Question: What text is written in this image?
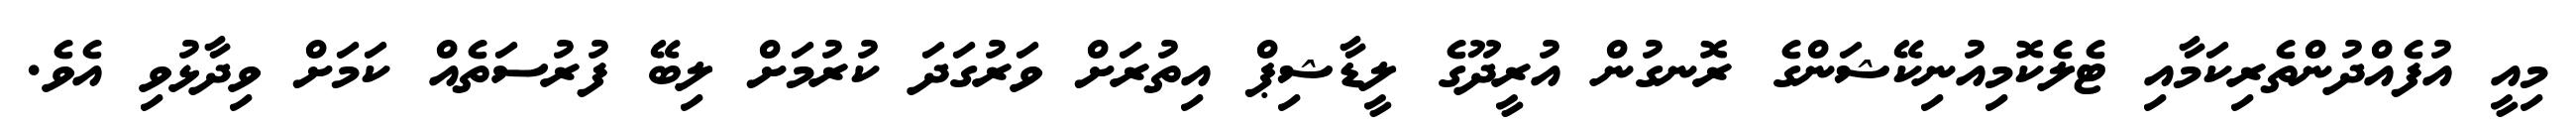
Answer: މިއީ އުފެއްދުންތެރިކަމާއި ޓެލެކޮމިއުނިކޭޝަންގެ ރޮނގުން އުރީދޫގެ ލީޑާޝިޕް އިތުރަށް ވަރުގަދަ ކުރުމަށް ލިބޭ ފުރުސަތެއް ކަމަށް ވިދާޅުވި އެވެ.